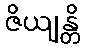
ဇိယျန္တိ